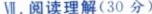
Ⅶ.阅读理解(30 分)